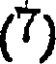
(7)